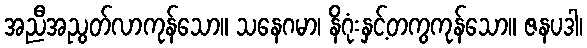
အညီအညွတ်လာကုန်သော။ သနေဂမာ၊ နိဂုံးနှင့်တကွကုန်သော။ ဇနပဒါ၊